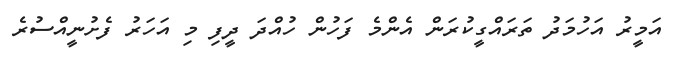
އަމީރު އަހުމަދު ތަރައްގީކުރަން އެންމެ ފަހުން ހުއްދަ ދީފި މި އަހަރު ފެށުނީއްސުރެ